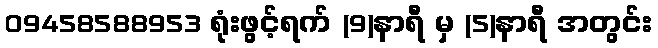
09458588953 ရုံးဖွင့်ရက် (9)နာရီ မှ (5)နာရီ အတွင်း